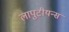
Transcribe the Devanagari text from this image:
लापुटीयन्स